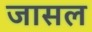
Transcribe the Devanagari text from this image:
जासल